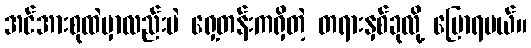
အင်အားစုထဲမှာလည်းပဲ ရှေ့တန်းကရှိတဲ့ တရားနှစ်ခုလို့ ပြောရမယ်။